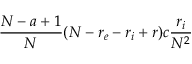
\frac { N - a + 1 } { N } ( N - r _ { e } - r _ { i } + r ) c \frac { r _ { i } } { N ^ { 2 } }